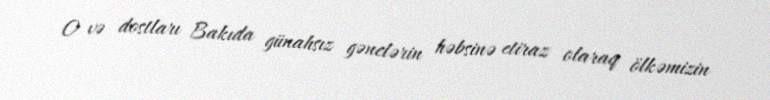
O və dostları Bakıda günahsız gənclərin həbsinə etiraz olaraq ölkəmizin